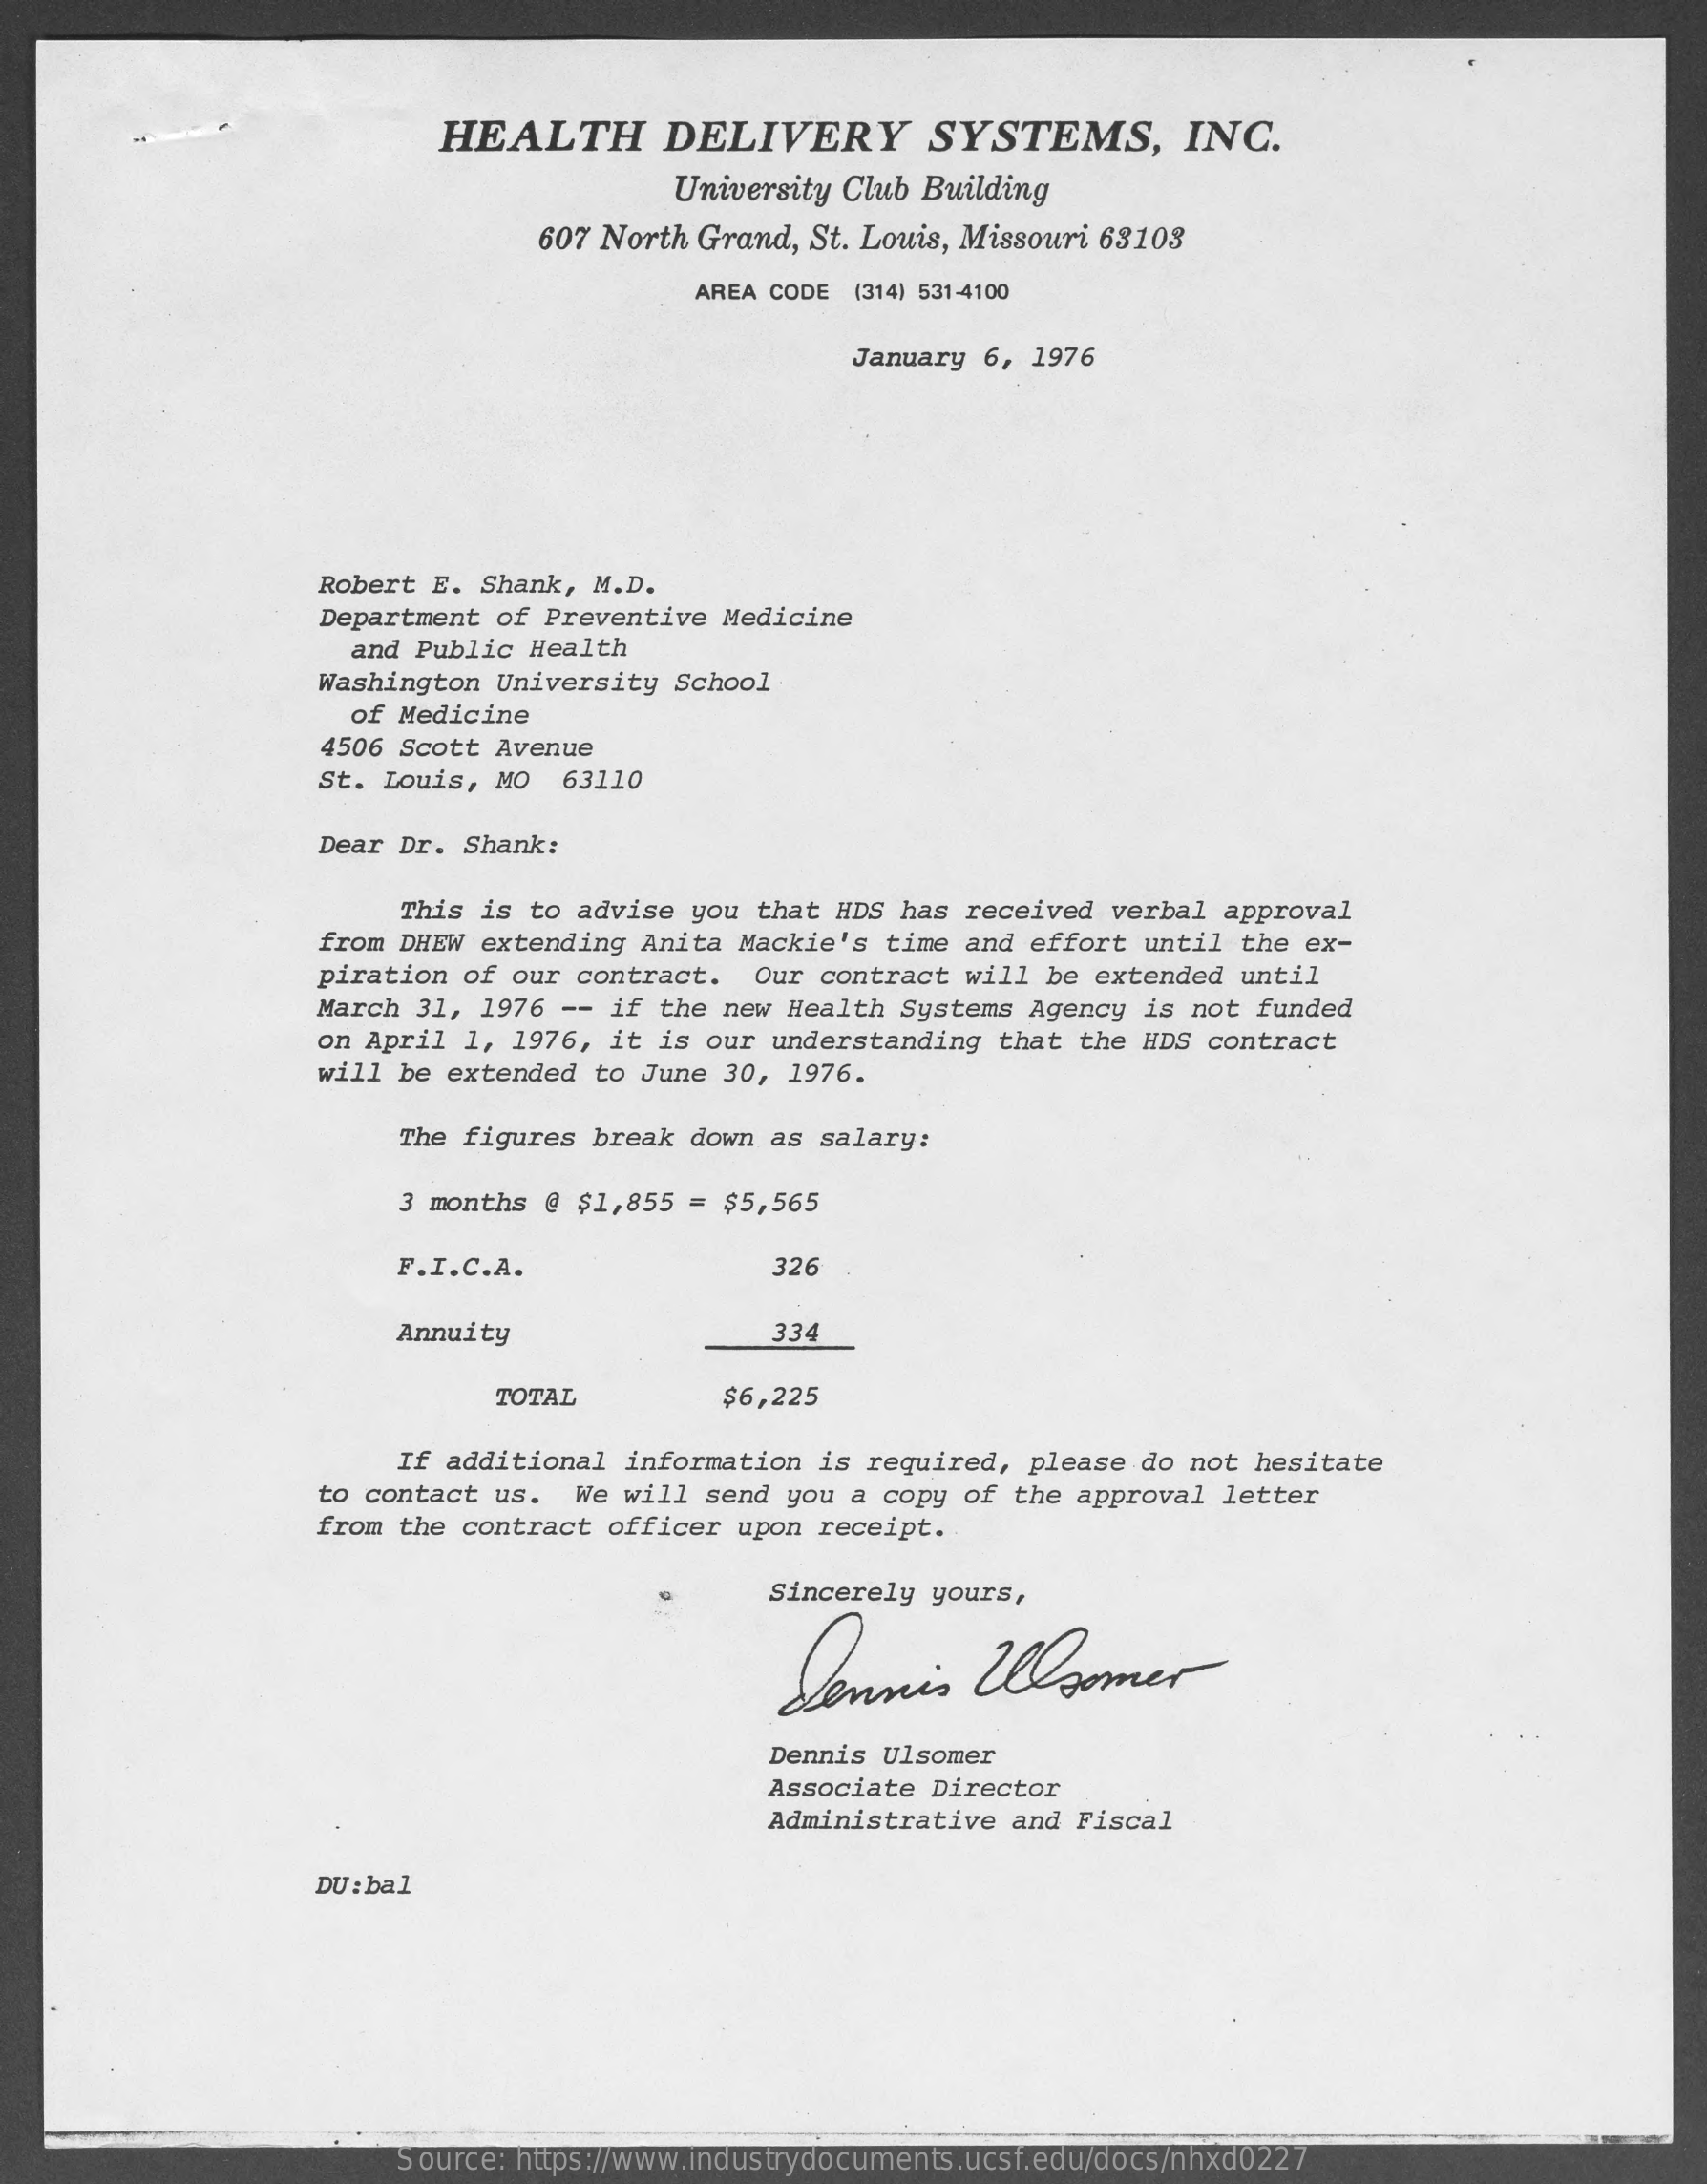
HEALTH    DELIVERY    SYSTEMS,    INC.
     University Club Building
     607 North Grand, St. Louis, Missouri 68108
     AREA CODE (314) 531-4100
     January  6, 1976
     Robert E. Shank, M.D.
     Department of Preventive  Medicine
     and Public Health
     Washington University  School
     of Medicine
     4506 Scott Avenue
     St. Louis, MO  63110
     Dear Dr. Shank:
     This is to advise  you that HDS has  received verbal approval
     from DHEW extending  Anita Mackie's time  and effort until the ex-
     piration of our contract.   Our contract  will be extended until
     March 31, 1976 --  if the new Health Systems  Agency is not  funded
     on April 1, 1976, it  is our understanding  that the HDS contract
     will be extended to June  30, 1976.
     The figures break  down as salary:
     3 months @ $1,855  = $5,565
     F.I.C.A.    326
     Annuity    334
     TOTAL    $6,225
     If additional information  is required,  please do not hesitate
     to contact us.  We will  send you a copy  of the approval letter
     from the contract officer  upon receipt.
     Sincerely yours,
     Dennis    Ulsomer
     Dennis Ulsomer
     Associate Director
     Administrative  and Fiscal
     DU : bal
     Source: https://www.industrydocuments.ucsf.edu/docs/nhxd0227